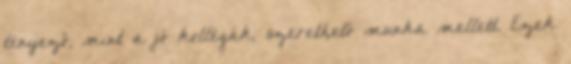
tényező, mint a jó kollégák, szerethető munka mellett. Ezek